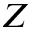
Z